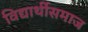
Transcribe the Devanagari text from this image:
विद्यार्थीसमाज